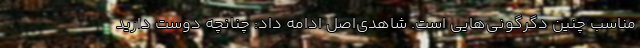
مناسب چنین دگرگونی‌هایی است. شاهدی‌اصل ادامه داد: چنانچه دوست دارید